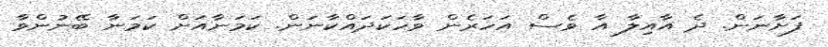
ފަށާނަން. ދެ އާއިލާ އާ ވެސް އަހަރެން ވާހަކަދައްކާނަން. ކަމަނާއަށް ކަމަނާ ބޭނުންވާ